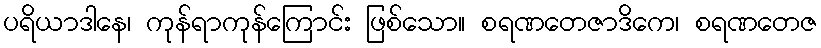
ပရိယာဒါနေ၊ ကုန်ရာကုန်ကြောင်း ဖြစ်သော။ စရဏတေဇာဒိကေ၊ စရဏတေဇ